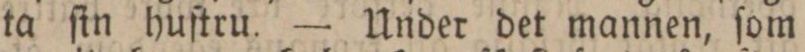
ta ſin huſtru. — Under det mannen, ſom